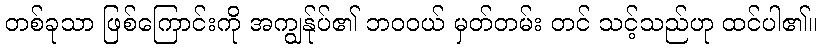
တစ်ခုသာ ဖြစ်ကြောင်းကို အကျွန်ုပ်၏ ဘဝဝယ် မှတ်တမ်း တင် သင့်သည်ဟု ထင်ပါ၏။